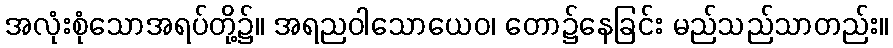
အလုံးစုံသောအရပ်တို့၌။ အရညဝါသောယေဝ၊ တော၌နေခြင်း မည်သည်သာတည်း။